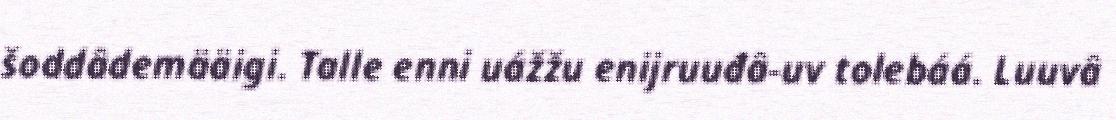
šoddâdemääigi. Talle enni uážžu enijruuđâ-uv tolebáá. Luuvâ